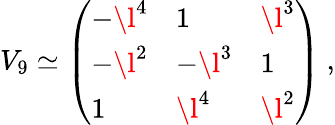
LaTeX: V_{9}\simeq\left(\begin{array}{lll}{{-\l^{4}}}&{{1}}&{{\l^{3}}}\\ {{-\l^{2}}}&{{-\l^{3}}}&{{1}}\\ {{1}}&{{\l^{4}}}&{{\l^{2}}}\end{array}\right)\ ,